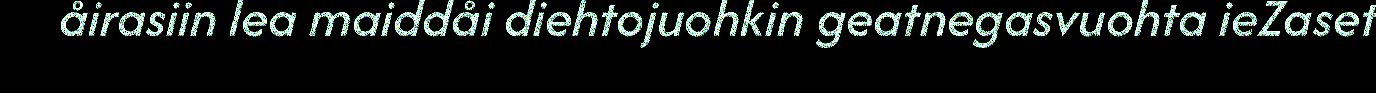
åirasiin lea maiddåi diehtojuohkin geatnegasvuohta ieZaset